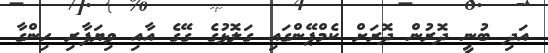
އަދި ބުނީ ދޮރުން ދޮރަށް ކެމްޕޭންގައި ގަލޮޅުގެ ގޭގެ އާއި ވިޔަފާރި ހިންގާ